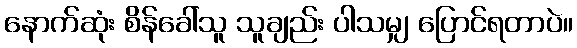
နောက်ဆုံး စိန်ခေါ်သူ သူချည်း ပါသမျှ ပြောင်ရတာပဲ။